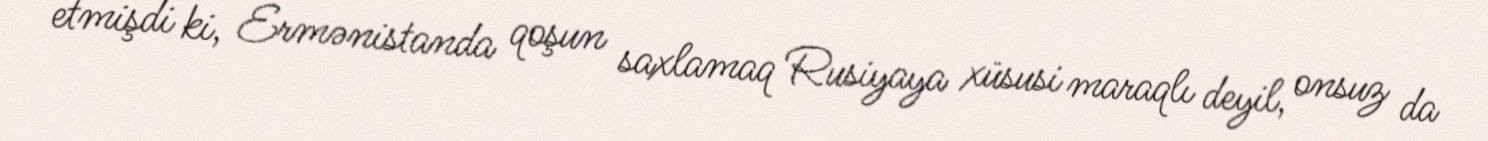
etmişdi ki, Ermənistanda qoşun saxlamaq Rusiyaya xüsusi maraqlı deyil, onsuz da